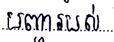
បញ្ហារបស់